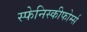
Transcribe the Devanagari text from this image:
स्फेनिस्कीफोर्म्स